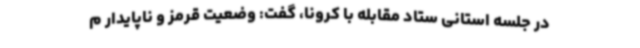
در جلسه استانی ستاد مقابله با کرونا، گفت: وضعیت قرمز و ناپایدار م